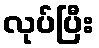
လုပ်ပြီး